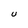
Character: U